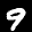
Label: 9